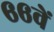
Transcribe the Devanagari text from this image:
६६वें